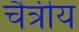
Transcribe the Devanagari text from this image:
चैत्रीय